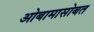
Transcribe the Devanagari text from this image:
ओबामासोबत